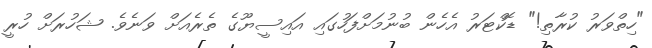
"ހިތްވަރު ކުރާތި!" ޑޮކްޓަރު އެހެން ބުނުމަށްފަހުގައި އައިސީޔޫގެ ތެރެއަށް ވަނެވެ. ޝަހުރަށް ހުރީ